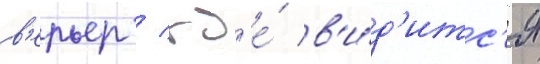
в'ерьер / гд'е́ в'и́д'итс'я